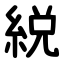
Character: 綐